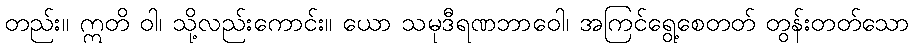
တည်း။ ဣတိ ဝါ၊ သို့လည်းကောင်း။ ယော သမုဒီရဏဘာဝေါ၊ အကြင်ရွေ့စေတတ် တွန်းတတ်သော